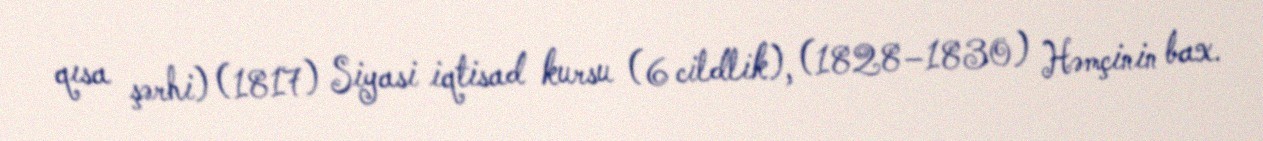
qısa şərhi) (1817) Siyasi iqtisad kursu (6 cildlik), (1828–1830) Həmçinin bax.